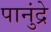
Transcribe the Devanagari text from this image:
पानुंद्रे